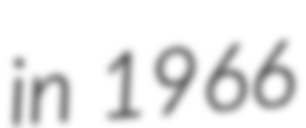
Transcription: in 1966